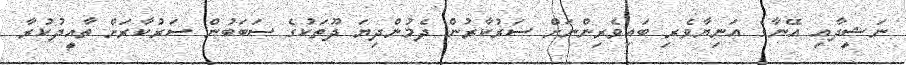
ނަޝީދާއި އޭނާގެ އަނިޔާވެރި ބައިވެރިންނަށް ސަރުކާރުން ދެމުންދިޔަ ދޫތަކުގެ ސަބަބުން ސަރުކާރަށް ތާއީދުކުރާ